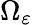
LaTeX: \Omega_{\varepsilon}